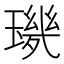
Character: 𱯡